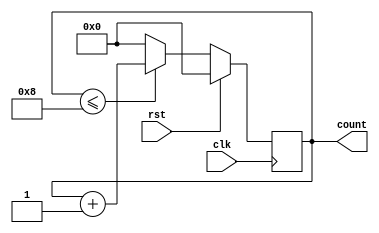
module BCD_counter(rst,clk,count);
input rst,clk;
output reg [3:0] count;
initial begin
    count = 4'b0000;
end
always @(posedge clk)
begin
    if(rst) count <= 4'b0000;
    else if(count <= 8) count <= count +1;
    else count <= 0;
end
endmodule